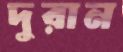
দুরান